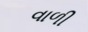
વાળી